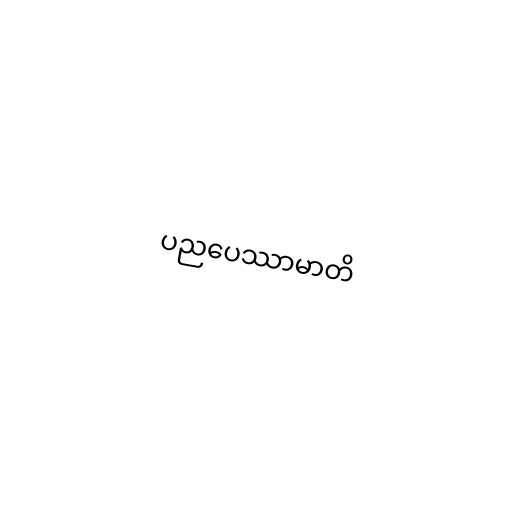
ပညပေဿာမာတိ